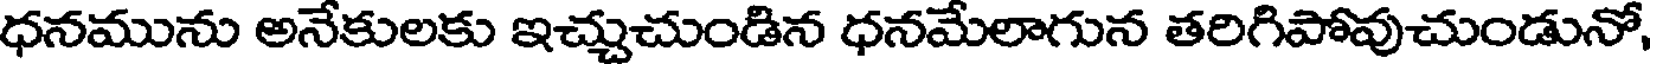
ధనమును అనేకులకు ఇచ్చుచుండిన ధనమేలాగున తరిగిపోవుచుండునో